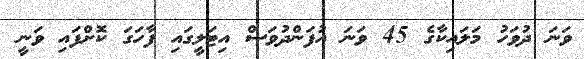
ވަނަ ދުވަހު މަލައިކާގެ 45 ވަނަ އުފަންދުވަސް އިޓަލީގައި ފާހަގަ ކޮށްފައި ވަނީ